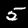
Label: 5